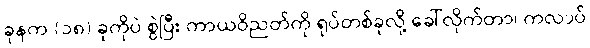
ခုနက (၁၈) ခုကိုပဲ စွဲပြီး ကာယဝိညတ်ကို ရုပ်တစ်ခုလို့ ခေါ်လိုက်တာ၊ ကလာပ်